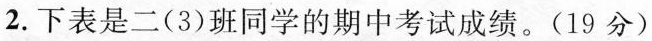
2.下表是二(3)班同学的期中考试成绩。(19分)